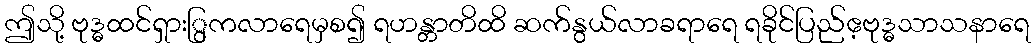
ဤသို့ ဗုဒ္ဓထင်ရှားြွကလာရေမှစ၍ ရဟန္တာတိထိ ဆက်နွယ်လာခရာရေ ရခိုင်ပြည်ဧ့ဗုဒ္ဓသာသနာရေ